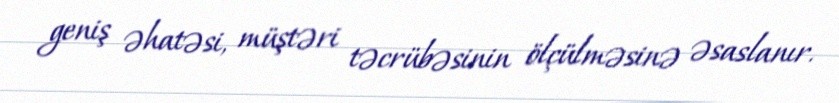
geniş əhatəsi, müştəri təcrübəsinin ölçülməsinə əsaslanır.